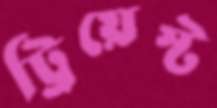
ট্রিয়েস্ট